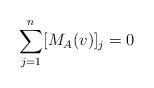
LaTeX: \begin{align*} \sum_{j=1}^n [M_A (v)]_j = 0\end{align*}